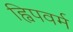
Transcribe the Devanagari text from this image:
ह्विपवर्म